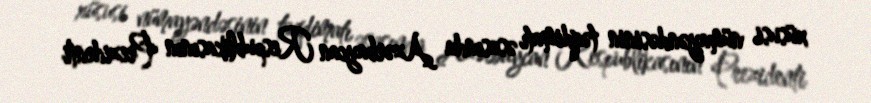
xüsusi nümayəndəsinin təqdimatı əsasında Azərbaycan Respublikasının Prezidenti